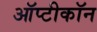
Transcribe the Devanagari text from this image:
ऑप्टीकॉन